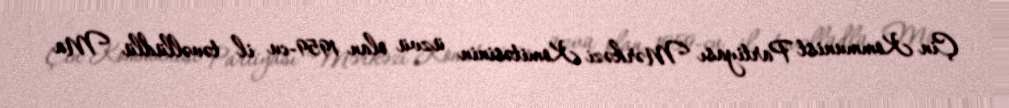
Çin Kommunist Partiyası Mərkəzi Komitəsinin üzvü olan 1959-cu il təvəllüdlü Ma